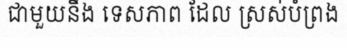
ជាមួយនឹង ទេសភាព ដែល ស្រស់បំព្រង